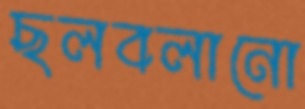
ছলবলানো